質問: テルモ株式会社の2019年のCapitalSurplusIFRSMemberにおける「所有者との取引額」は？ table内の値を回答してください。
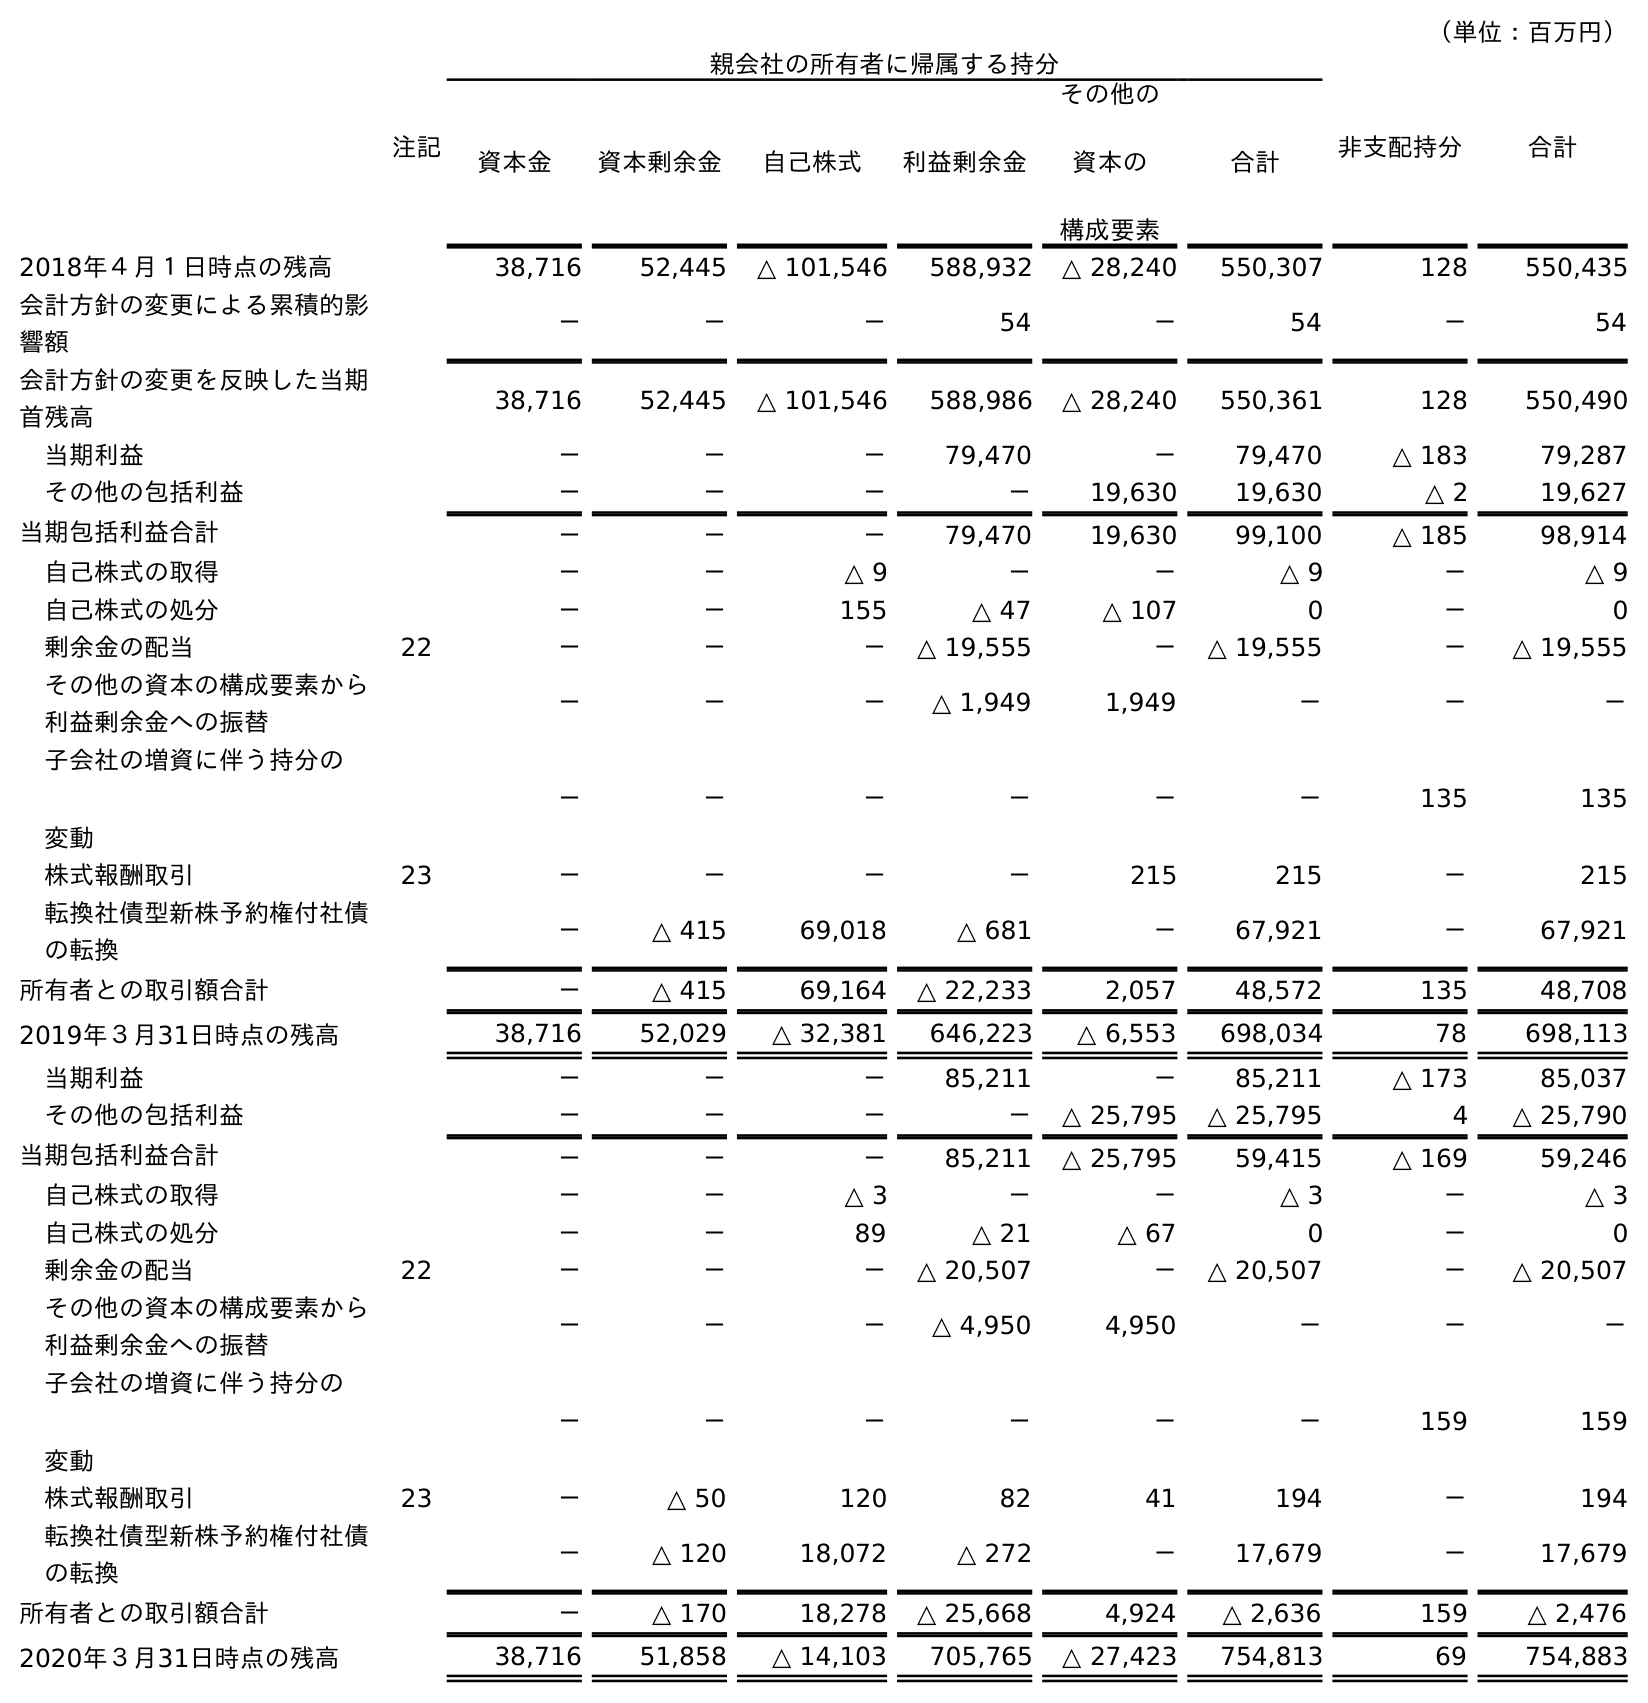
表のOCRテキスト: （単位：百万円） 注記 親会社の所有者に帰属する持分 非支配持分 合計 資本金 資本剰余金 自己株式 利益剰余金 その他の 資本の 構成要素 合計 2018年４月１日時点の残高 38,716 52,445 △ 101,546 588,932 △ 28,240 550,307 128 550,435 会計方針の変更による累積的影 響額 － － － 54 － 54 － 54 会計方針の変更を反映した当期 首残高 38,716 52,445 △ 101,546 588,986 △ 28,240 550,361 128 550,490 当期利益 － － － 79,470 － 79,470 △ 183 79,287 その他の包括利益 － － － － 19,630 19,630 △ 2 19,627 当期包括利益合計 － － － 79,470 19,630 99,100 △ 185 98,914 自己株式の取得 － － △ 9 － － △ 9 － △ 9 自己株式の処分 － － 155 △ 47 △ 107 0 － 0 剰余金の配当 22 － － － △ 19,555 － △ 19,555 － △ 19,555 その他の資本の構成要素から 利益剰余金への振替 － － － △ 1,949 1,949 － － － 子会社の増資に伴う持分の 変動 － － － － － － 135 135 株式報酬取引 23 － － － － 215 215 － 215 転換社債型新株予約権付社債 の転換 － △ 415 69,018 △ 681 － 67,921 － 67,921 所有者との取引額合計 － △ 415 69,164 △ 22,233 2,057 48,572 135 48,708 2019年３月31日時点の残高 38,716 52,029 △ 32,381 646,223 △ 6,553 698,034 78 698,113 当期利益 － － － 85,211 － 85,211 △ 173 85,037 その他の包括利益 － － － － △ 25,795 △ 25,795 4 △ 25,790 当期包括利益合計 － － － 85,211 △ 25,795 59,415 △ 169 59,246 自己株式の取得 － － △ 3 － － △ 3 － △ 3 自己株式の処分 － － 89 △ 21 △ 67 0 － 0 剰余金の配当 22 － － － △ 20,507 － △ 20,507 － △ 20,507 その他の資本の構成要素から 利益剰余金への振替 － － － △ 4,950 4,950 － － － 子会社の増資に伴う持分の 変動 － － － － － － 159 159 株式報酬取引 23 － △ 50 120 82 41 194 － 194 転換社債型新株予約権付社債 の転換 － △ 120 18,072 △ 272 － 17,679 － 17,679 所有者との取引額合計 － △ 170 18,278 △ 25,668 4,924 △ 2,636 159 △ 2,476 2020年３月31日時点の残高 38,716 51,858 △ 14,103 705,765 △ 27,423 754,813 69 754,883
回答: △415